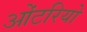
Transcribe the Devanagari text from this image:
ओंटरियो